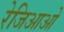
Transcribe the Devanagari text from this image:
रेजिआओ